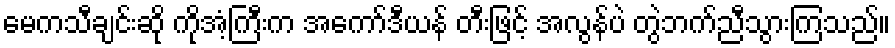
မေကသီချင်းဆို ကိုအံ့ကြီးက အကော်ဒီယန် တီးဖြင့် အလွန်ပဲ တွဲဘက်ညီသွားကြသည်။